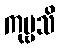
ကုဗ္ဗသိ